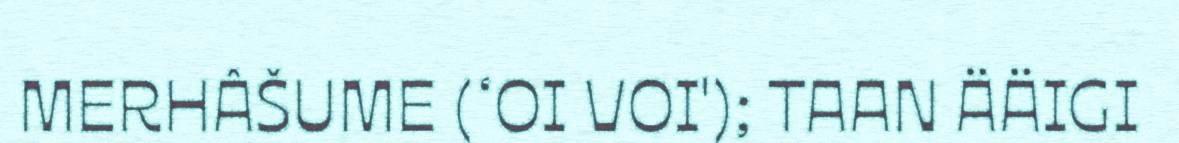
MERHÂŠUME (‘OI VOI'); TAAN ÄÄIGI